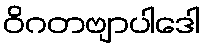
ဝိဂတဗျာပါဒေါ